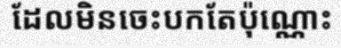
ដែលមិនចេះបកតែប៉ុណ្ណោះ